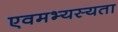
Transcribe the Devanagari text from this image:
एवमभ्यस्यता